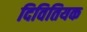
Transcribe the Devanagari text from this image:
दिवितियक